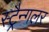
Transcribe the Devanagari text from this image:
स्ट्रैन्गलर